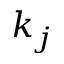
k _ { j }